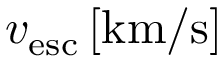
v _ { \mathrm { e s c } } \, [ \mathrm { k m } / \mathrm { s } ]